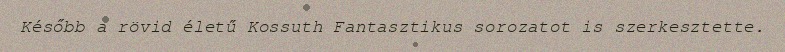
Később a rövid életű Kossuth Fantasztikus sorozatot is szerkesztette.